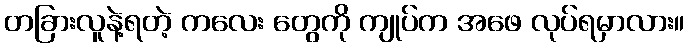
တခြားလူနဲ့ရတဲ့ ကလေး တွေကို ကျုပ်က အဖေ လုပ်ရမှာလား။